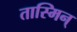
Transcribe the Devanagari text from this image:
तास्मिन्